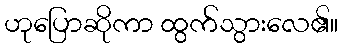
ဟုပြောဆိုကာ ထွက်သွားလေ၏။